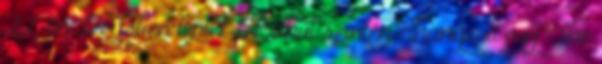
22-én Leedsben léptek fel, ahol szintén elhangzott egy The